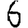
Digit: 6